Leaving Certificate Examination, 1921
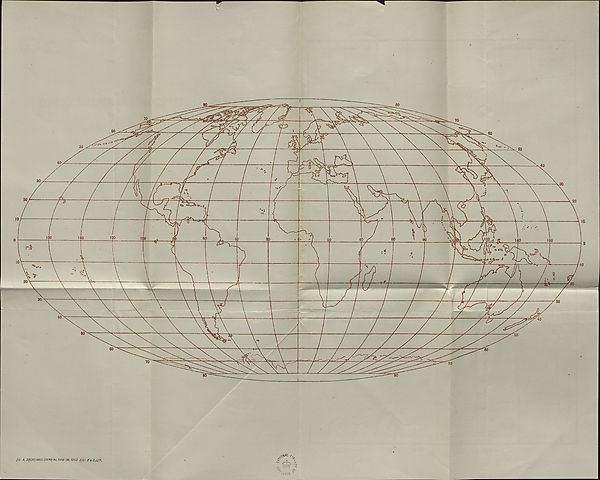
A. J ^
’j'OOS ^
(te. «. 2gl(33)/462/(131*3) Wt.3166-36 1250 SjZ! e $ S,lZO.